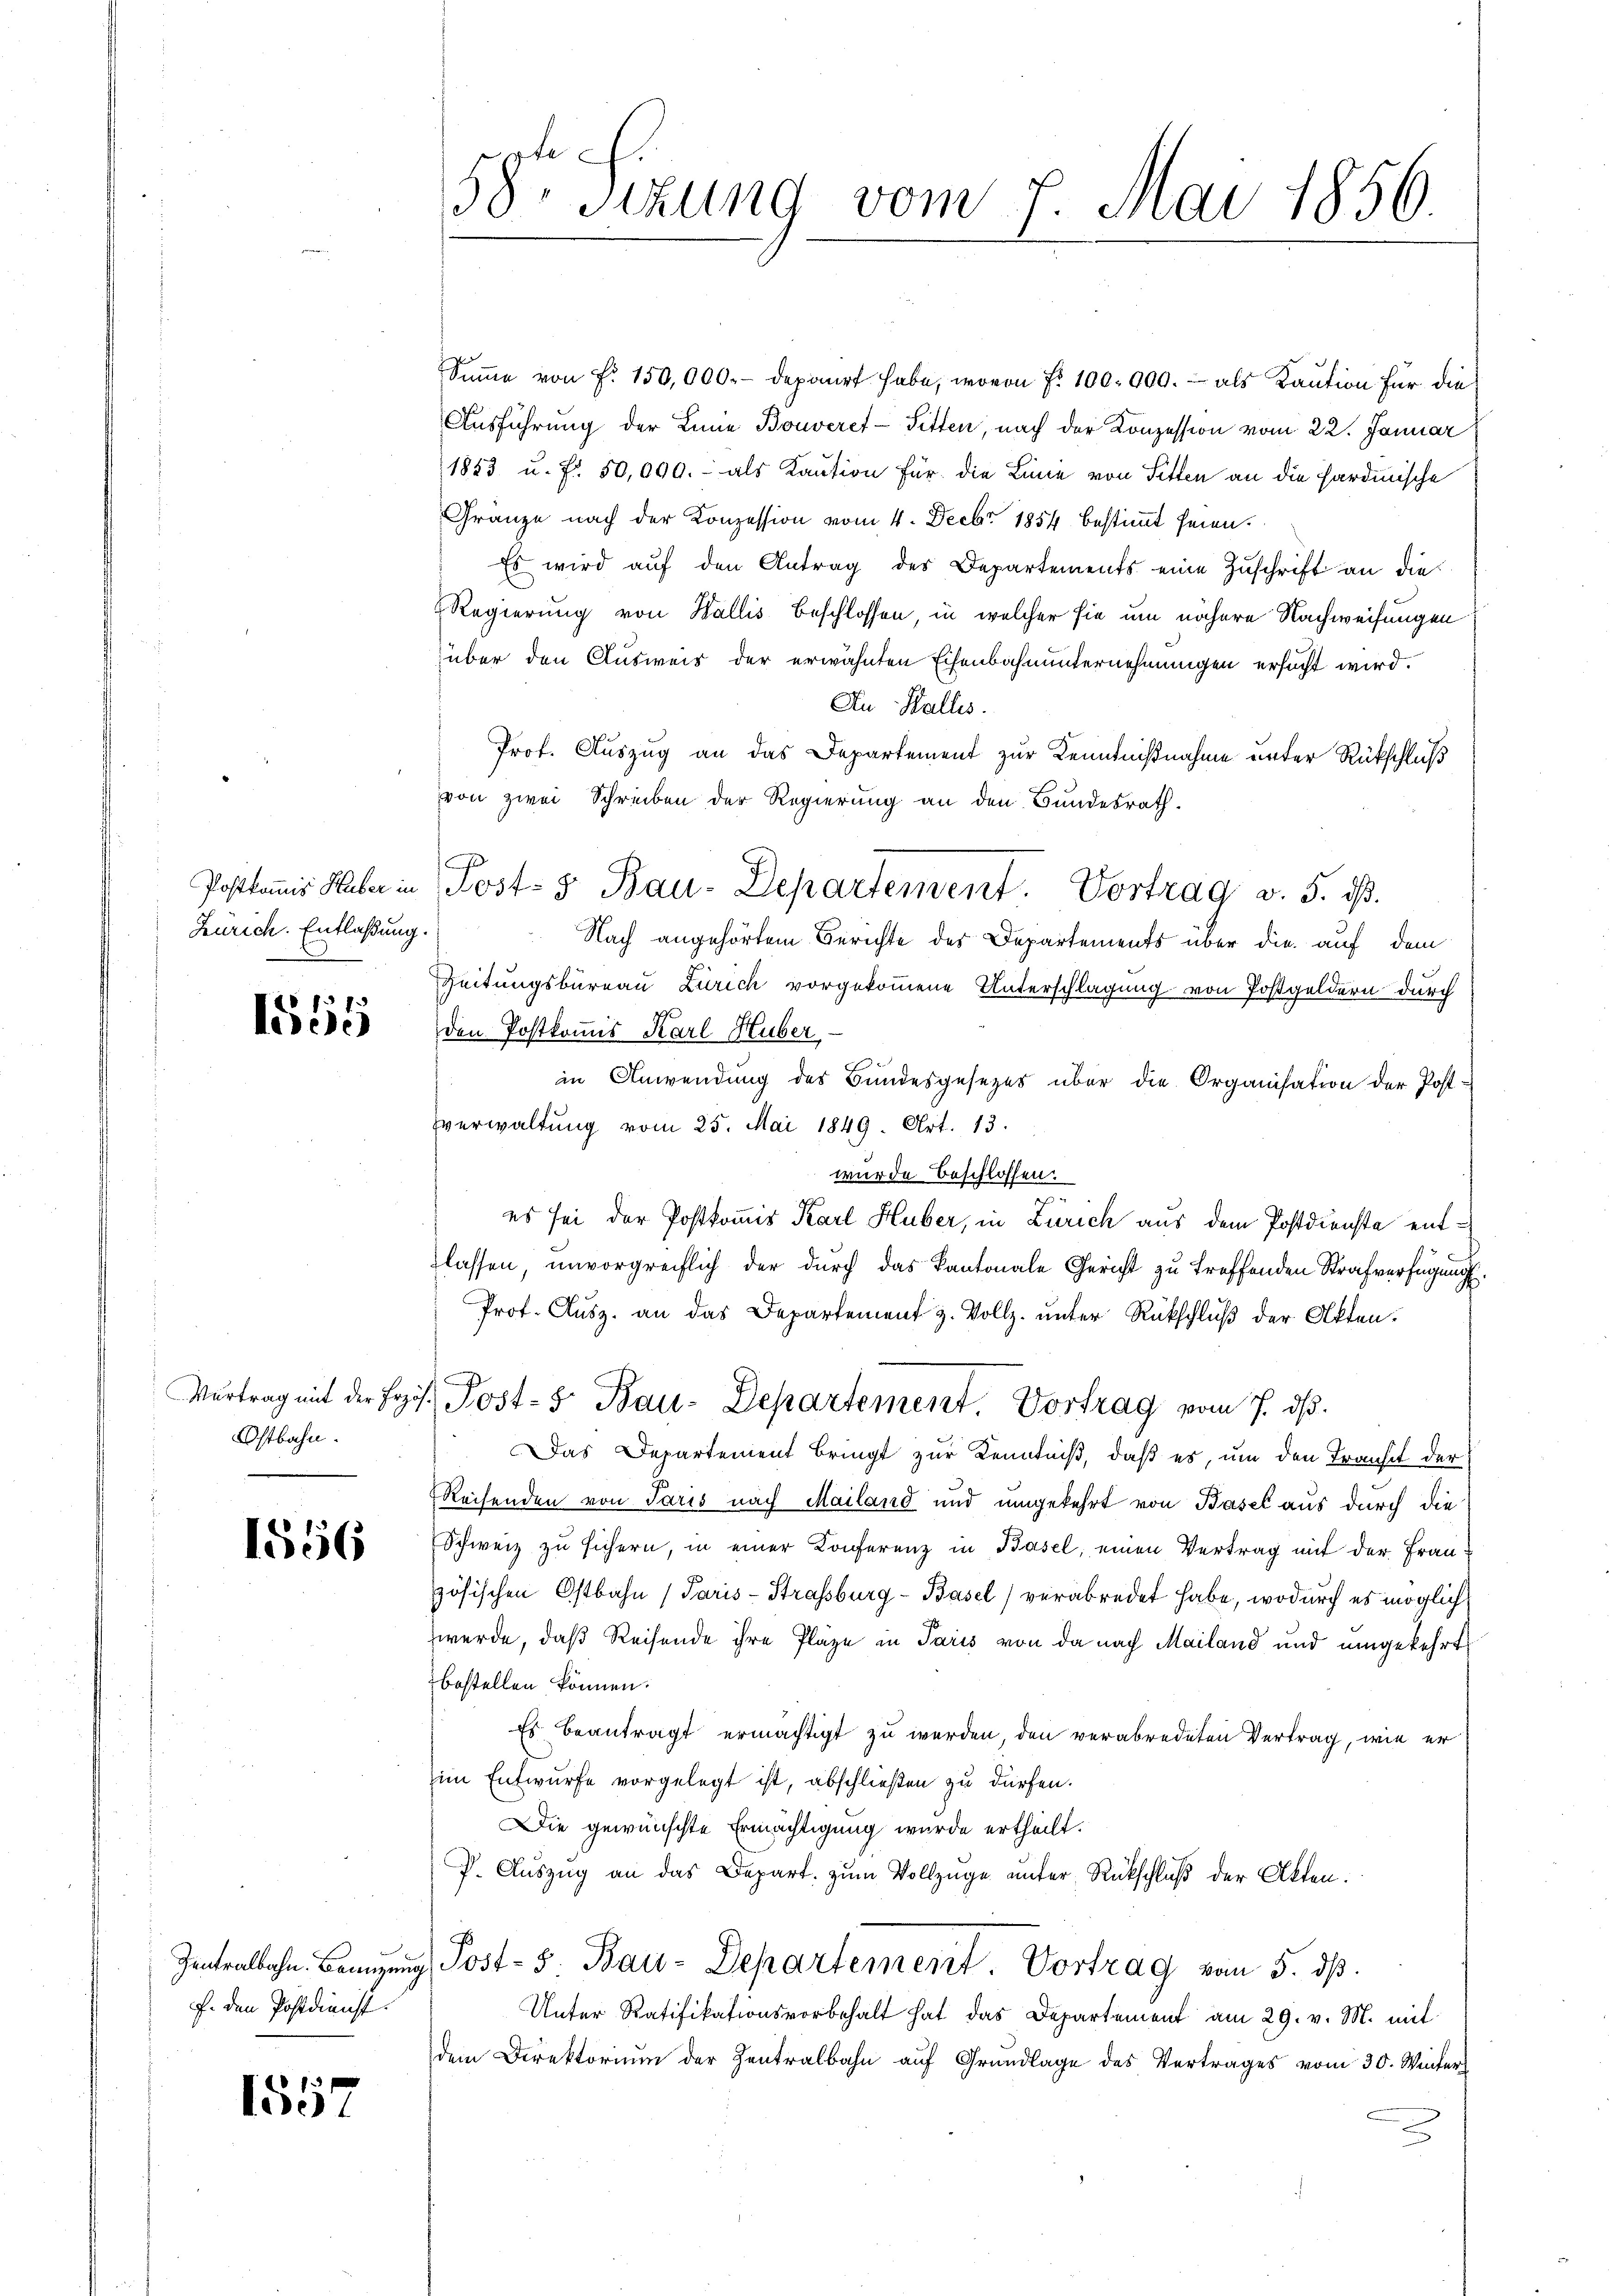
Postkommis Huber in
Zürich. Entlaßung.
e

3 f.
lösse

Ostbahn.

1556

Zentralbahn. Branzung
f. den Postdienst.

1557

58 Sizung vom 7. Mai 1856.

Post- & Bau-Departement. Vortrag v. 5. dβ.

Summe von Fr. 150,000.- depart habe, wovon f. 100.000. - als Kaution für die
Ausführung der Line Bouveret-Sitten, nach der Konzession vom 22. Januar
1853 u. fr. 50,000. als Kaution für die Linie von Sitten an die Sardinische
Gränze nach der Konzession vom 4. Decbr. 1854 bestimmt seien.
Es wird auf den Antrag des Departements eine Zuschrift an die
Regierung von Wallis beschlossen, in welcher sie um nähere Nachweisungen
über den Ausweis der erwähnten Eisenbahnunternehmungen ersucht wird.
An Halles.
Prof. Auszug an das Departement zur Kenntnißnahme unter Rückschluß
von zwei Schreiben der Regierung an den Bundesrath.
Nach angehörtem Berichte des Departements über die auf dem
Zeitungsbureau Zürich vorgekommene Unterschlagung von Postgeldern durch
den Postkommis Karl Huber
in Anwendung des Bundesgesezes über die Organisation der Post-
verwaltung vom 25. Mai 1849. Art. 13.
wurde beschlossen:
es sei der Postkommis Karl Huber, in Zürich aus dem Postdienste entlassen, unvorgreiflich der durch das Kantonale Gericht zu treffenden Strafverfügung
Prof. Ausz. an das Departement z. Vollz. unter Rückschluß der Akten.
Vertrag mit der Lois. Post- 5 Bau-Departement. Vortrag vom 7. dβ.
Das Departement bringt zur Kenntniß, daß es, um den Fransit der
Reisenden von Paris nach Mailand und umgekehrt von Basel aus durch die
Schweiz zu sichern, in einer Konferenz in Basel, einen Vertrag mit der Frau-
zösischen Ostbahn (Paris - Strassburg - Basel) verabredet habe, wodurch es möglich
werde, daß Reisende ihre Pläze in Paris von da nach Mailand und umgekehrt
bestellen können.
Es beantragt ermächtigt zu werden, den verabredeten Vertrag, wie er
im Entwurfe vorgelegt ist, abschließen zu dürfen.
Die gewünschte Ermächtigung wurde ertheilt.
P. Auszug an das Depart zum Vollzüge unter Rückschluß der Akten.
Post- 5. Bau-Departement. Vortrag von 5. dß.
Unter Ratifikationsvorbehalt hat das Departement am 29. v. M. mit
dem Direktorium der Zentralbahn auf Grundlage des Vertrages vom 30. Winter